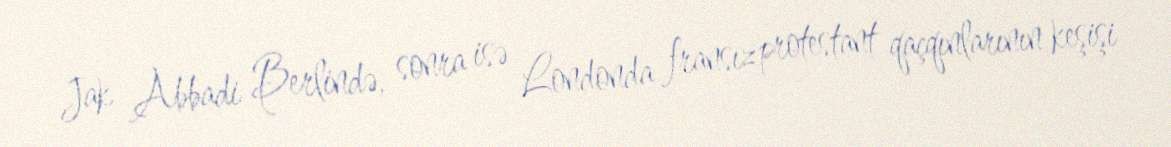
Jak Abbadi Berlində, sonra isə Londonda fransız protestant qaçqınlarının keşişi